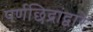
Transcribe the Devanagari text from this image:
पर्णछिद्रांद्वारे